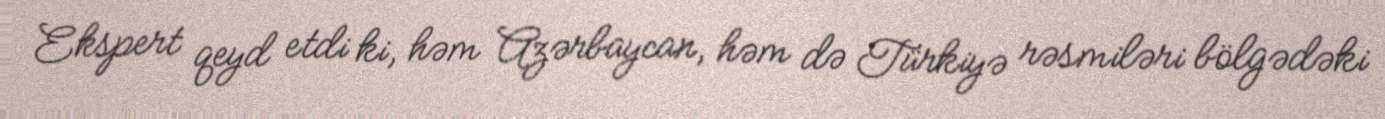
Ekspert qeyd etdi ki, həm Azərbaycan, həm də Türkiyə rəsmiləri bölgədəki